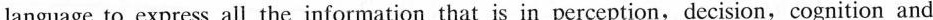
language to express all the information that is in perception,decision,cognition and